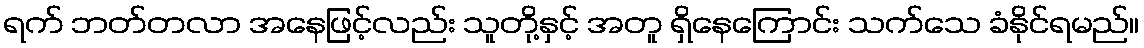
ရက် ဘတ်တလာ အနေဖြင့်လည်း သူတို့နှင့် အတူ ရှိနေကြောင်း သက်သေ ခံနိုင်ရမည်။